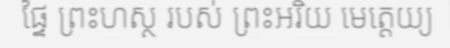
ផ្ទៃ ព្រះហស្ថ របស់ ព្រះអរិយ មេត្តេយ្យ